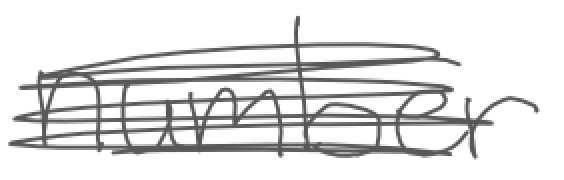
Text: number
Cross-out: scratch
Writing tool: digital_gray